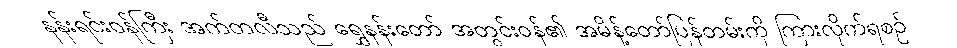
နန်းရင်းဝန်ကြီး အက်တလီသည် ရွှေနန်းတော် အတွင်းဝန်၏ အမိန့်တော်ပြန်တမ်းကို ကြားလိုက်ရစဉ်